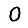
Digit: 0